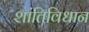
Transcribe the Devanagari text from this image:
शांतिविधान